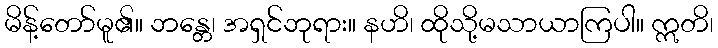
မိန့်တော်မူ၏။ ဘန္တေ၊ အရှင်ဘုရား။ နဟိ၊ ထိုသို့မသာယာကြပါ။ ဣတိ၊